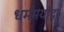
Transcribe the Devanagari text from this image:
धर्ममर्यादा